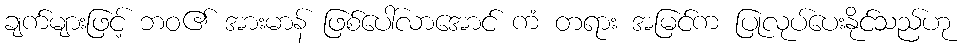
ချက်များဖြင့် ဘဝ၏ အားမာန် ဖြစ်ပေါ်လာအောင် ကံ တရား အမြင်က ပြုလုပ်ပေးနိုင်သည်ဟု